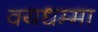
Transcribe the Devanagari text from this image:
वयधम्मा